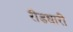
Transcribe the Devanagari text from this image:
रीडधारी